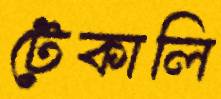
টেকালি